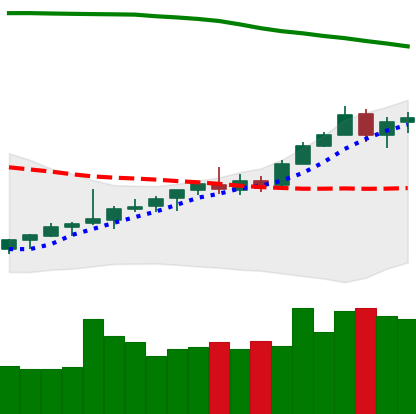
Ticker: TRX-USD
Chart end date: 2021-08-10
Forward return: 24.698%
Label: up_7plus